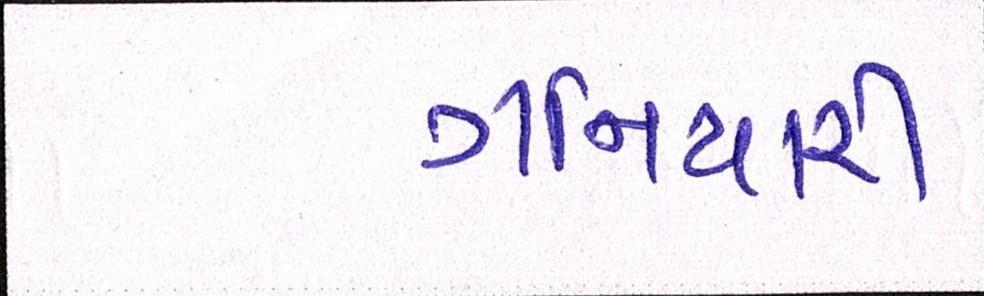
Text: ગનિયારી